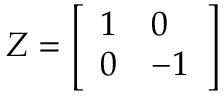
Z = { \left[ \begin{array} { l l } { 1 } & { 0 } \\ { 0 } & { - 1 } \end{array} \right] }